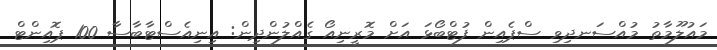
މައުލޫމާތު މުއްސަނދިވި ސްޕެއިން ފުޓްބޯޅަ އަށް މޮރީނިއޯ ގެއްލުންދިން: އިނިއެސްޓާބާސާ 100 ޕޮއިންޓް